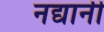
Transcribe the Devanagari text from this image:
नद्यानी